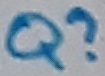
Text: Q?